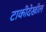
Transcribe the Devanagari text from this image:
टाकीदेखील